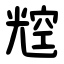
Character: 䆪